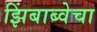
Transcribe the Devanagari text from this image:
झिंबाब्वेचा